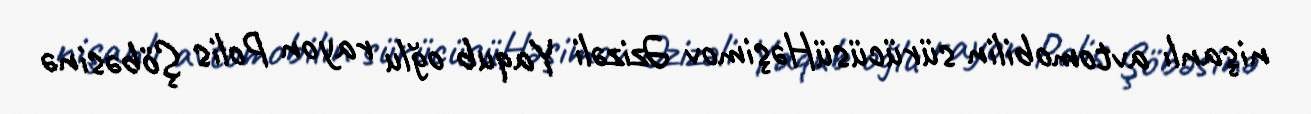
nişanlı avtomobilin sürücüsüHəşimov Əzizəli Yaqub oğlu rayon Polis Şöbəsinə